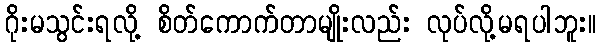
ဂိုးမသွင်းရလို့ စိတ်ကောက်တာမျိုးလည်း လုပ်လို့မရပါဘူး။